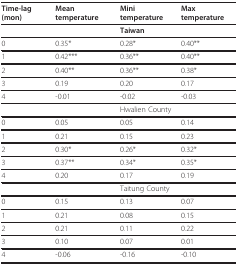
<table><thead><tr><td><b>Time-lag (mon)</b></td><td><b>Mean temperature</b></td><td><b>Mini temperature</b></td><td><b>Max temperature</b></td></tr></thead><tbody><tr><td></td><td></td><td><b>Taiwan</b></td><td></td></tr><tr><td>0</td><td>0.35*</td><td>0.28*</td><td>0.40**</td></tr><tr><td>1</td><td>0.42***</td><td>0.36**</td><td>0.40**</td></tr><tr><td>2</td><td>0.40**</td><td>0.36**</td><td>0.38*</td></tr><tr><td>3</td><td>0.19</td><td>0.20</td><td>0.17</td></tr><tr><td>4</td><td>-0.01</td><td>-0.02</td><td>-0.03</td></tr><tr><td></td><td></td><td>Hwalien County</td><td></td></tr><tr><td>0</td><td>0.05</td><td>0.05</td><td>0.14</td></tr><tr><td>1</td><td>0.21</td><td>0.15</td><td>0.23</td></tr><tr><td>2</td><td>0.30*</td><td>0.26*</td><td>0.32*</td></tr><tr><td>3</td><td>0.37**</td><td>0.34*</td><td>0.35*</td></tr><tr><td>4</td><td>0.20</td><td>0.17</td><td>0.19</td></tr><tr><td></td><td></td><td>Taitung County</td><td></td></tr><tr><td>0</td><td>0.15</td><td>0.13</td><td>0.07</td></tr><tr><td>1</td><td>0.21</td><td>0.08</td><td>0.15</td></tr><tr><td>2</td><td>0.21</td><td>0.11</td><td>0.22</td></tr><tr><td>3</td><td>0.10</td><td>0.07</td><td>0.01</td></tr><tr><td>4</td><td>-0.06</td><td>-0.16</td><td>-0.10</td></tr></tbody></table>